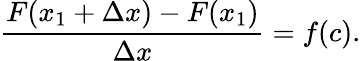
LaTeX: {\frac{F(x_{1}+\Delta x)-F(x_{1})}{\Delta x}}=f(c).